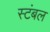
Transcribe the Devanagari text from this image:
स्टंबल